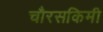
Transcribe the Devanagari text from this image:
चौरसकिमी